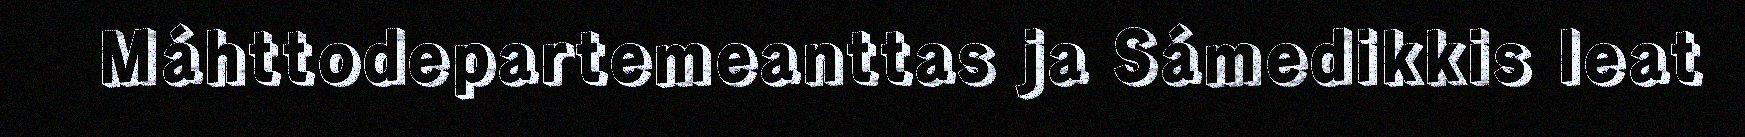
Máhttodepartemeanttas ja Sámedikkis leat